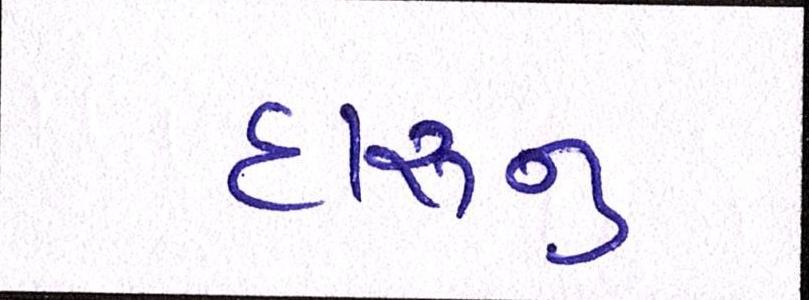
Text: દારૂનુ